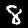
Digit: 8